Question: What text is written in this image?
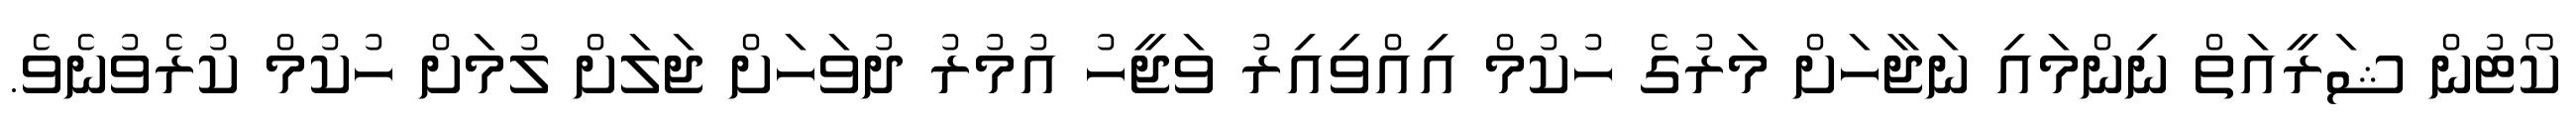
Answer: ކޯޓުން ޝަރީއަތް ނިންމައި ނަޖާހަށް މަރުގެ ހުކުމް އިއްވިއިރު ވަޖީހު އުމުރު ދުވަހަށް ޖަލަށް ލުމަށް ހުކުމް ކުރެވުނެވެ.